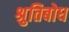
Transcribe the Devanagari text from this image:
श्रुतिबोध